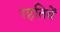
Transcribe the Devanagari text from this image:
रहतियें